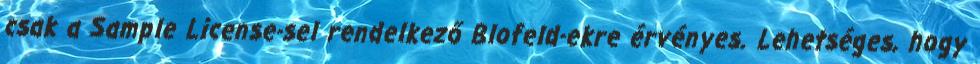
csak a Sample License-sel rendelkező Blofeld-ekre érvényes. Lehetséges, hogy